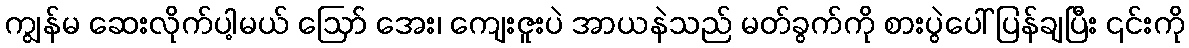
ကျွန်မ ဆေးလိုက်ပါ့မယ် ဪ အေး၊ ကျေးဇူးပဲ အာယနဲသည် မတ်ခွက်ကို စားပွဲပေါ် ပြန်ချပြီး ၎င်းကို